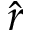
\hat { r }